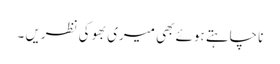
نا چاہتے ہوئے بھی میری بھوکی نظریں ۔